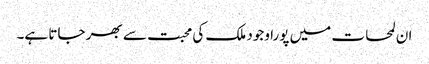
ان لمحات میں پورا وجود ملک کی محبت سے بھر جاتا ہے۔